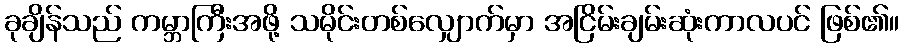
ခုချိန်သည် ကမ္ဘာကြီးအဖို့ သမိုင်းတစ်လျှောက်မှာ အငြိမ်းချမ်းဆုံးကာလပင် ဖြစ်၏။